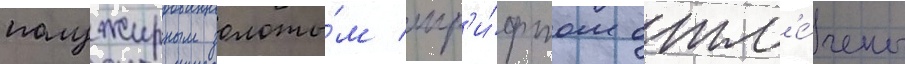
полужирным золоты́м шр'и́фтом отм'е́чены